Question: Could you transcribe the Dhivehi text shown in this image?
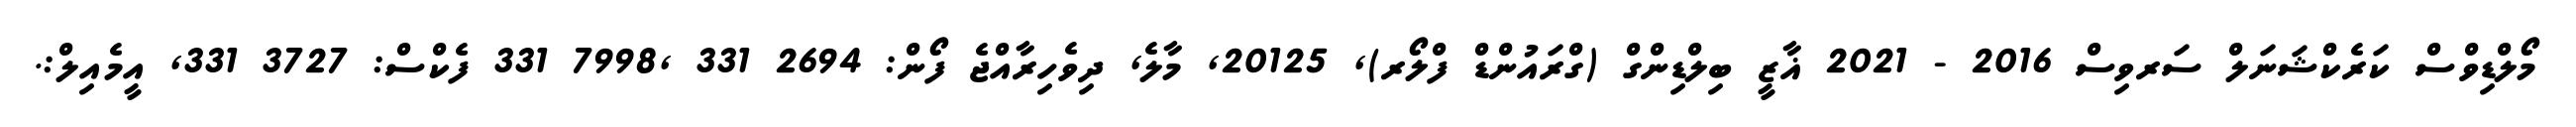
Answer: މޯލްޑިވްސް ކަރެކްޝަނަލް ސަރވިސް 2016 - 2021 ޣާޒީ ބިލްޑިންގް (ގްރައުންޑް ފްލޯރ), 20125, މާލެ, ދިވެހިރާއްޖެ ފޯން: 2694 331 ,7998 331 ފެކްސް: 3727 331, އީމެއިލް:.